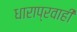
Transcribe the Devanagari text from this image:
धाराप्रवाही